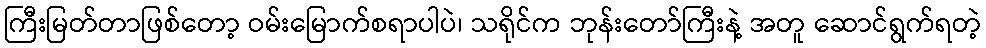
ကြီးမြတ်တာဖြစ်တော့ ဝမ်းမြောက်စရာပါပဲ၊ သရိုင်က ဘုန်းတော်ကြီးနဲ့ အတူ ဆောင်ရွက်ရတဲ့